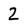
Character: 2